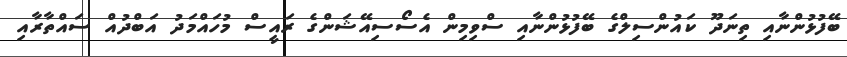
ބޭފުޅުންނާއި ތިނަދޫ ކައުންސިލްގެ ބޭފުޅުންނާއި ސްވިމިން އެސޯސިއޭޝަންގެ ރައީސް މުހައްމަދު އަބްދުއް ސައްތާރާއި